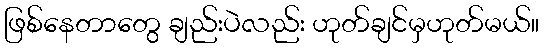
ဖြစ်နေတာတွေ ချည်းပဲလည်း ဟုတ်ချင်မှဟုတ်မယ်။